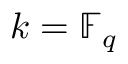
k = \mathbb { F } _ { q }